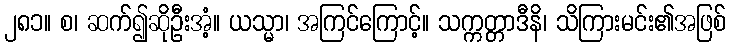
၂၈၁။ စ၊ ဆက်၍ဆိုဦးအံ့။ ယသ္မာ၊ အကြင်ကြောင့်။ သက္ကတ္တာဒီနိ၊ သိကြားမင်း၏အဖြစ်